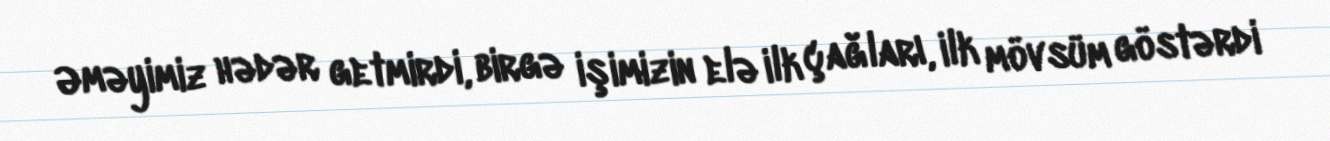
Əməyimiz hədər getmirdi, birgə işimizin elə ilk çağları, ilk mövsüm göstərdi